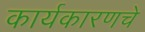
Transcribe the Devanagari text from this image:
कार्यकारणचे